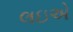
લઇએ